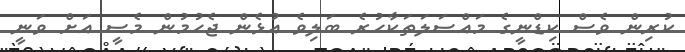
ކުރިން ވެސް ކިޑްނީގެ މައްސަލަތަކާހުރެ ބަލިވެ އުޅެން ޖެހުމުން މެސީ އަށް ވަނީ